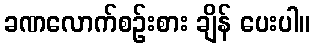
ခဏလောက်စဉ်းစား ချိန် ပေးပါ။